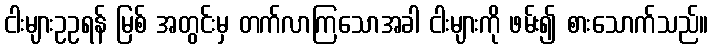
ငါးများဥဥရန် မြစ် အတွင်းမှ တက်လာကြသောအခါ ငါးများကို ဖမ်း၍ စားသောက်သည်။